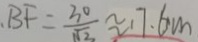
. B F = \frac { 3 0 } { \sqrt { 3 } } \approx 1 7 . 6 m